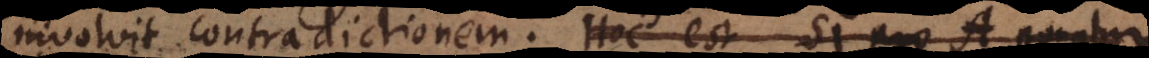
involvit contradictionem. Hoc est si pro A ponatur